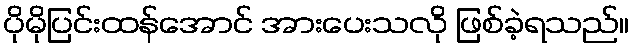
ပိုမိုပြင်းထန်အောင် အားပေးသလို ဖြစ်ခဲ့ရသည်။